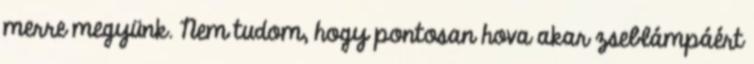
merre megyünk. Nem tudom, hogy pontosan hova akar zseblámpáért